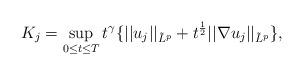
LaTeX: \begin{align*}K_{j}=\sup_{0\leq t\leq T}t^{\gamma}\{||u_j||_{\tilde{L}^{p}}+t^{\frac{1}{2}}||\nabla u_j||_{\tilde{L}^{p}} \},\end{align*}